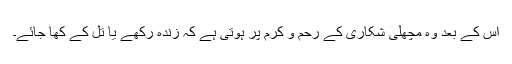
اس کے بعد وہ مچھلی شکاری کے رحم و کرم پر ہوتی ہے کہ زندہ رکھے یا تل کے کھا جائے۔